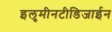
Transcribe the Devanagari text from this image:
इलुमीनटीडिजाईन